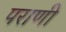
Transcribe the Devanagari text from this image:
पराणी